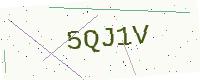
Text: 5QJ1V